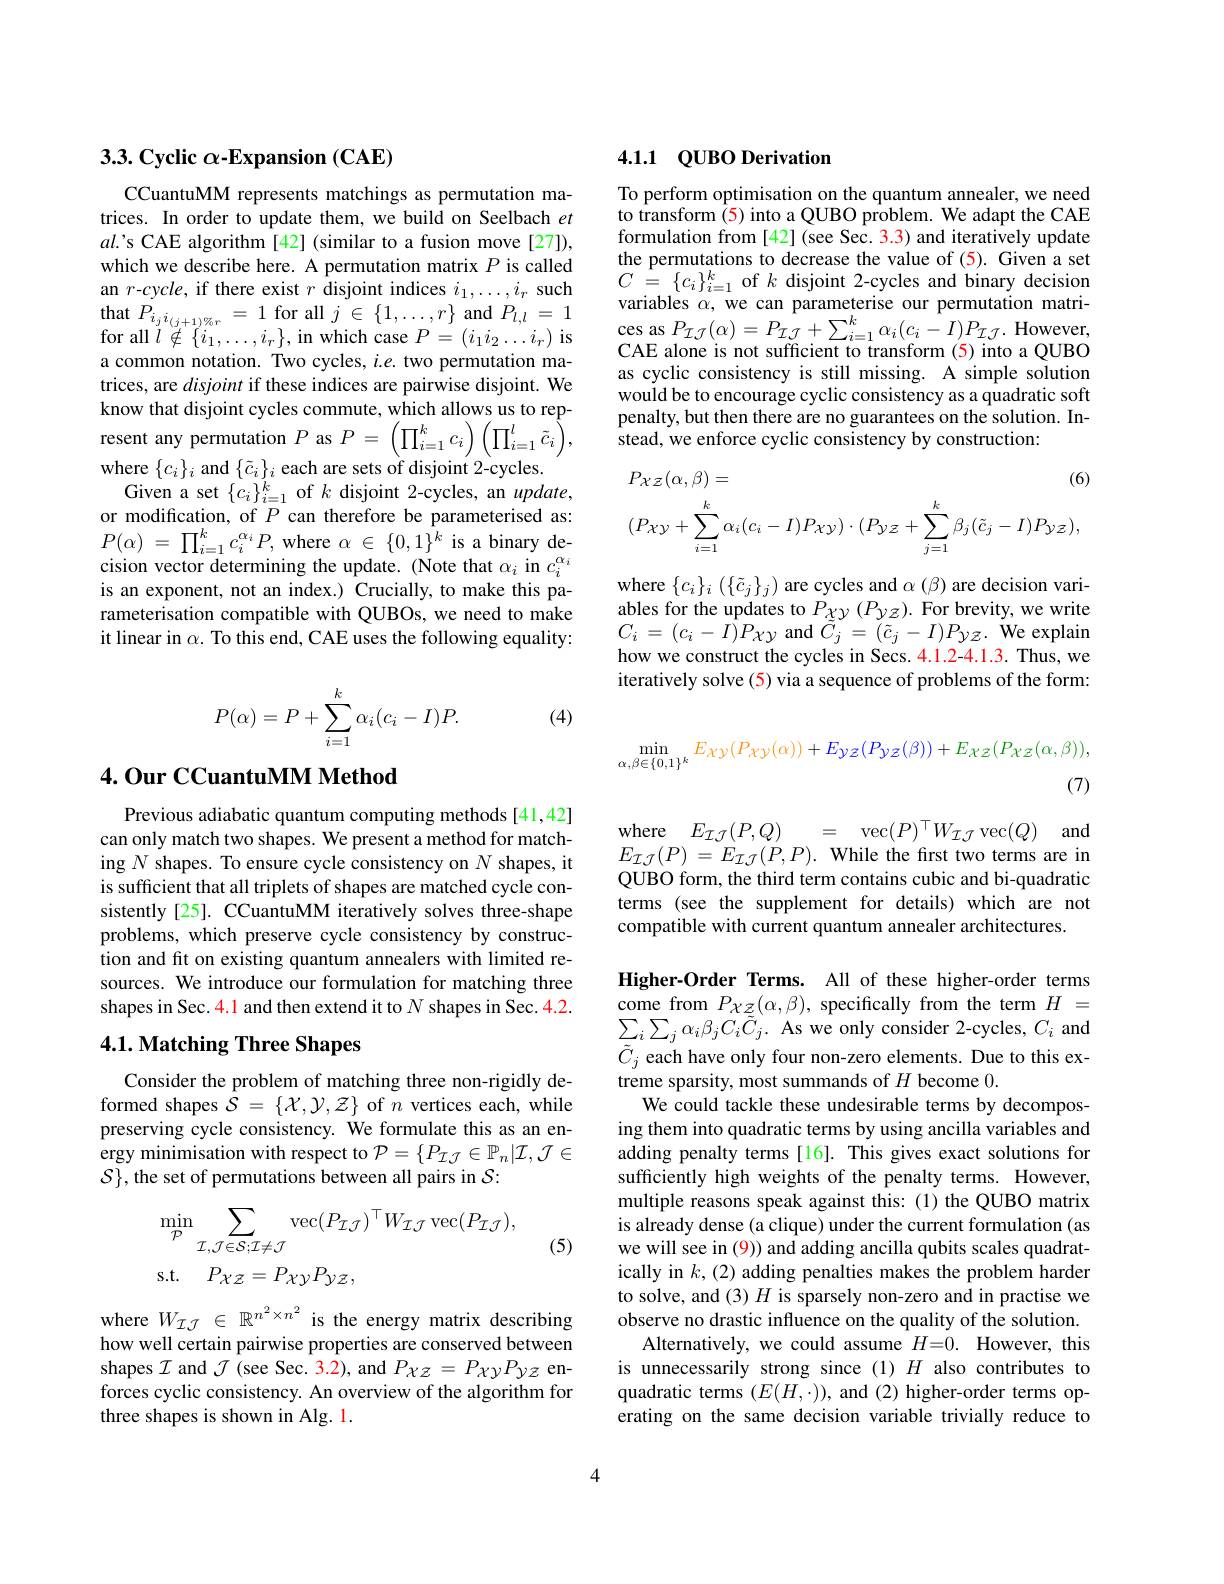
### 3.3. Cyclic $\alpha$-Expansion (CAE)

CCuantuMM represents matchings as permutation matrices. In order to update them, we build on Seelbach $et$ $al$.'s CAE algorithm [42] (similar to a fusion move[27]), which we describe here. A permutation matrix $P$ is called an $r$-cycle, if there exist $r$ disjoint indices $i_1,\ldots,i_r$ such $\begin{array}{l}{\mathrm{that~}P_{i_{j}i_{(j+1)\%r}}=1\text{ for all }j\in\{1,\ldots,r\}\text{ and }P_{l,l}=1}\\{\mathrm{for~all~}l\notin\{i_{1},\ldots,i_{r}\},\text{ in which case }P=(i_{1}i_{2}\ldots i_{r})\text{ is}}\end{array}$ a common notation. Two cycles, $i.e.$ two permutation matrices, are disjoint if these indices are pairwise disjoint. We know that disjoint cycles commute, which allows us to represent any permutation $P$ as $P=\left(\prod_{i=1}^{k}c_{i}\right)\left(\prod_{i=1}^{l}\tilde{c}_{i}\right)$, where $\{c_i\}_i$ and $\{\tilde{c}_i\}_i$ each are sets of disjoint 2-cycles.
Given a set $\{c_i\}_{i=1}^k$ of $k$ disjoint 2-cycles, an $update$, or modification, of $P$ can therefore be parameterised as: $P( \alpha )$ = $\prod _{i= 1}^{k}c_{i}^{\alpha _{i}}P$,where $\alpha$ $\in$ $\{ 0, 1\} ^{k}$ is a binary decision vector determining the update. (Note that $\alpha_i$ in $c_i^{\alpha_i}$ is an exponent, not an index.) Crucially, to make this parameterisation compatible with QUBOs, we need to make it linear in $\alpha.$ To this end, CAE uses the following equality:
$$P(\alpha)=P+\sum_{i=1}^k\alpha_i(c_i-I)P.$$
(4)

### 4.Our CCuantuMM Method

Previous adiabatic quantum computing methods [41,42] can only match two shapes. We present a method for matching $N$ shapes. To ensure cycle consistency on $N$ shapes, it is sufficient that all triplets of shapes are matched cycle consistently [25]. CCuantuMM iteratively solves three-shape problems, which preserve cycle consistency by construction and fit on existing quantum annealers with limited resources. We introduce our formulation for matching three shapes in Sec. 4.1 and then extend it to $N$ shapes in Sec. 4.2.

## $4. 1. \textbf{Matching Three Shapes}$

Consider the problem of matching three non-rigidly deformed shapes $\bar{\mathcal{S}}=\{\mathcal{X},\mathcal{Y},\mathcal{Z}\}$ of $n$ vertices each, while preserving cycle consistency. We formulate this as an energy minimisation with respect to $\mathcal{P}=\{P_{\mathcal{I}\mathcal{J}}\in\mathbb{P}_n|\mathcal{I},\mathcal{J}\in$ $S\}, the set of permutations between all pairs in S:$
$$\begin{aligned}&\min_{\mathcal{P}}\sum_{\mathcal{I},\mathcal{J}\in\mathcal{S};\mathcal{I}\neq\mathcal{J}}\mathrm{vec}(P_{\mathcal{I}\mathcal{J}})^{\top}W_{\mathcal{I}\mathcal{J}}\mathrm{vec}(P_{\mathcal{I}\mathcal{J}}),\\&\mathrm{s.t.}\quad P_{\mathcal{X}\mathcal{Z}}=P_{\mathcal{X}\mathcal{Y}}P_{\mathcal{Y}\mathcal{Z}},\end{aligned}$$
(5)

where $W_{\mathcal{I}\mathcal{J}}\in\mathbb{R}^{n^2\times n^2}$ is the energy matrix describing how well certain pairwise properties are conserved between shapes $\mathcal{I}$ and $\mathcal{J}($see Sec. 3.2), and $P_{\chi z}=P_{\chi y}P_{\gamma z}$ enforces cyclic consistency. An overview of the algorithm for three shapes is shown in Alg. 1.

### 4.1.1 $QUBO$ Derivation

To perform optimisation on the quantum annealer, we need to transform $\hat{(5)}$ into a QUBO problem. We adapt the CAE formulation from [42] (see Sec. 3.3) and iteratively update the permutations to decrease the value of (5). Given a set $C$ = $\{ c_{i}\} _{i= 1}^{k}$ of $k$ disjoint 2-cycles and binary decision variables $\alpha$, we can parameterise our permutation matri- $\begin{array}{l}{\mathrm{ces~as~}P_{\mathcal{I}\mathcal{J}}(\alpha)=P_{\mathcal{I}\mathcal{J}}+\sum_{i=1}^{k}\alpha_{i}(c_{i}-I)P_{\mathcal{I}\mathcal{J}}.\mathrm{However},}\\{\mathrm{CAE~alone~is~not~sufficient~to~transform~(5)~into~a~QUBO}}\end{array}$ as cyclic consistency is still missing. A simple solution would be to encourage cyclic consistency as a quadratic soft penalty, but then there are no guarantees on the solution. Instead, we enforce cyclic consistency by construction:
$$P_{\mathcal{X}\mathcal{Z}}(\alpha,\beta)=(6)\\(P_{\mathcal{X}\mathcal{Y}}+\sum_{i=1}^{k}\alpha_{i}(c_{i}-I)P_{\mathcal{X}\mathcal{Y}})\cdot(P_{\mathcal{Y}\mathcal{Z}}+\sum_{j=1}^{k}\beta_{j}(\tilde{c}_{j}-I)P_{\mathcal{Y}\mathcal{Z}}),$$
$$\min_{\alpha,\beta\in\{0,1\}^k}E_{\mathcal{X}\mathcal{Y}}(P_{\mathcal{X}\mathcal{Y}}(\alpha))+E_{\mathcal{Y}\mathcal{Z}}(P_{\mathcal{Y}\mathcal{Z}}(\beta))+E_{\mathcal{X}\mathcal{Z}}(P_{\mathcal{X}\mathcal{Z}}(\alpha,\beta)),$$
(7)

where $\{c_{i}\}_{i}\left(\{\tilde{c}_{j}\}_{j}\right)$are cycles and $\alpha\left(\beta\right)$ are decision vari- ${\mathrm{ables~for~the~updates~to~}P_{\chi y}}\left(P_{\gamma z}\right).{\mathrm{For~brevity,we~write}}$ $C_{i}=(c_{i}-I)P_{\chi y}$ and $\tilde{C}_{j}=(\tilde{c}_{j}-I)P_{\gamma Z}.$ We explain how we construct the cycles in Secs. 4.1.2-4.1.3. Thus, we iteratively solve (5) via a sequence of problems of the form:

$\begin{array}{rcl}{\mathrm{where}}&{E_{\mathcal{I}\mathcal{J}}(P,Q)}&{=}&{\mathrm{vec}(P)^{\top}W_{\mathcal{I}\mathcal{J}}\operatorname{vec}(Q)}&{\mathrm{and}}\end{array}$ $E_{\mathcal{I} \mathcal{J} }( P)$ $= E_{\mathcal{I} \mathcal{J} }( P, P) .$While the frst two terms are in

QUBO form, the third term contains cubic and bi-quadratic terms (see the supplement for details) which are not compatible with current quantum annealer architectures

Higher-Order Terms. All of these higher-order terms $\begin{array}{l}\text{come from }P_{\chi{\mathcal{Z}}}(\alpha,\beta),\text{specifically from the term}H=\\\sum_{i}\sum_{j}\alpha_{i}\beta_{j}C_{i}\tilde{C}_{j}.\text{ As we only consider 2-cycles, }C_{i}\mathrm{~and}\end{array}$ $\tilde{C}_{j}$ each have only four non-zero elements. Due to this extreme sparsity, most summands of $H$ become 0.
We could tackle these undesirable terms by decomposing them into quadratic terms by using ancilla variables and adding penalty terms[16]. This gives exact solutions for sufficiently high weights of the penalty terms. However, multiple reasons speak against this: (1) the QUBO matrix is already dense (a clique) under the current formulation (as we will see in (9)) and adding ancilla qubits scales quadratically in $k,(2)$ adding penalties makes the problem harder to solve, and (3) $H$ is sparsely non-zero and in practise we observe no drastic influence on the quality of the solution.
Alternatively, we could assume $H= 0.$ However, this is unnecessarily strong since (1) $H$ also contributes to quadratic terms $(E(H,\cdot))$, and (2) higher-order terms operating on the same decision variable trivially reduce to

4